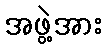
အဖွဲ့အား